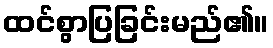
ထင်စွာပြခြင်းမည်၏။